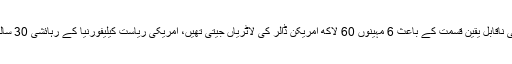
یاد رہے کہ رواں برس مئی میں کیلیفورنیا کے ایک رہائشی نے اپنی ناقابل یقین قسمت کے باعث 6 مہینوں 60 لاکھ امریکن ڈالر کی لاٹریاں جیتی تھیں، امریکی ریاست کیلیفورنیا کے رہائشی 30 سالہ شخص اینٹونیو مزاریگوز نے لاٹری کے چار ٹکٹ خریدے تھے۔